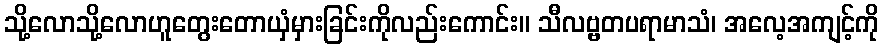
သို့လောသို့လောဟူတွေးတောယှံမှားခြင်းကိုလည်းကောင်း။ သီလဗ္ဗတပရာမာသံ၊ အလေ့အကျင့်ကို